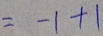
= - 1 + 1